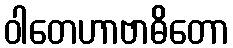
ဝါတေဟာဗာဓိတော